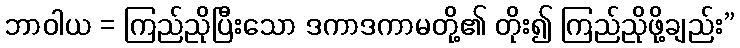
ဘာဝါယ = ကြည်ညိုပြီးသော ဒကာဒကာမတို့၏ တိုး၍ ကြည်ညိုဖို့ချည်း”